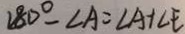
1 8 0 ^ { \circ } - \angle A = \angle A + \angle E